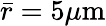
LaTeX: \bar{r}=5\mu\mathrm{m}